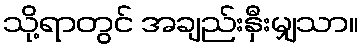
သို့ရာတွင် အချည်းနှီးမျှသာ။